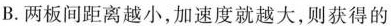
B.两板间距离越小，加速度就越大，则获得的